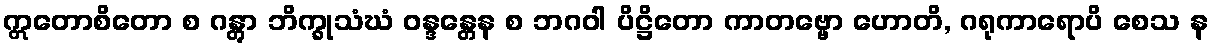
ဣတောစိတော စ ဂန္တွာ ဘိက္ခုသံဃံ ဝန္ဒန္တေန စ ဘဂဝါ ပိဋ္ဌိတော ကာတဗ္ဗော ဟောတိ, ဂရုကာရောပိ စေသ န